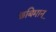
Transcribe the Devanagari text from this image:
छबिमान्